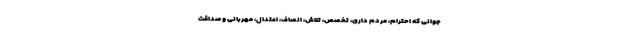
جوانی که احترام، مردم داری، تخصص، تلاش، انصاف، اعتدال، مهربانی و صداقت